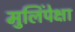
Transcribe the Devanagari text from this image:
मुलिंपेक्षा